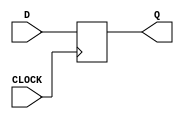
`timescale 1ns / 1ps
//////////////////////////////////////////////////////////////////////////////////
// Company: 
// Engineer: 
// 
// Design Name: 
// Module Name: DFF
// Project Name: 
// Target Devices: 
// Tool Versions: 
// Description: 
// 
// Dependencies: 
// 
// Revision:
// Revision 0.01 - File Created
// Additional Comments:
// 
//////////////////////////////////////////////////////////////////////////////////


module DFF(
    input CLOCK,
    D,
    output reg Q = 0
    );
    
    always @ (posedge CLOCK) begin
        Q <= D;
    end
    
endmodule